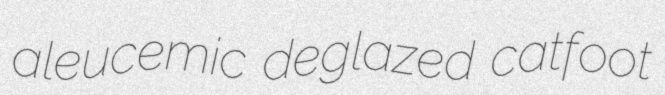
aleucemic deglazed catfoot